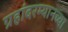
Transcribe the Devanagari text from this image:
ग्रहांदरम्यानच्या